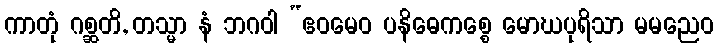
ကာတုံ ဂစ္ဆတိ, တသ္မာ နံ ဘဂဝါ “ဧဝမေဝ ပနိဓေကစ္စေ မောဃပုရိသာ မမညေဝ